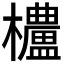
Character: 𬅒